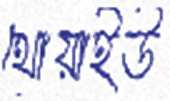
থোয়াইউ